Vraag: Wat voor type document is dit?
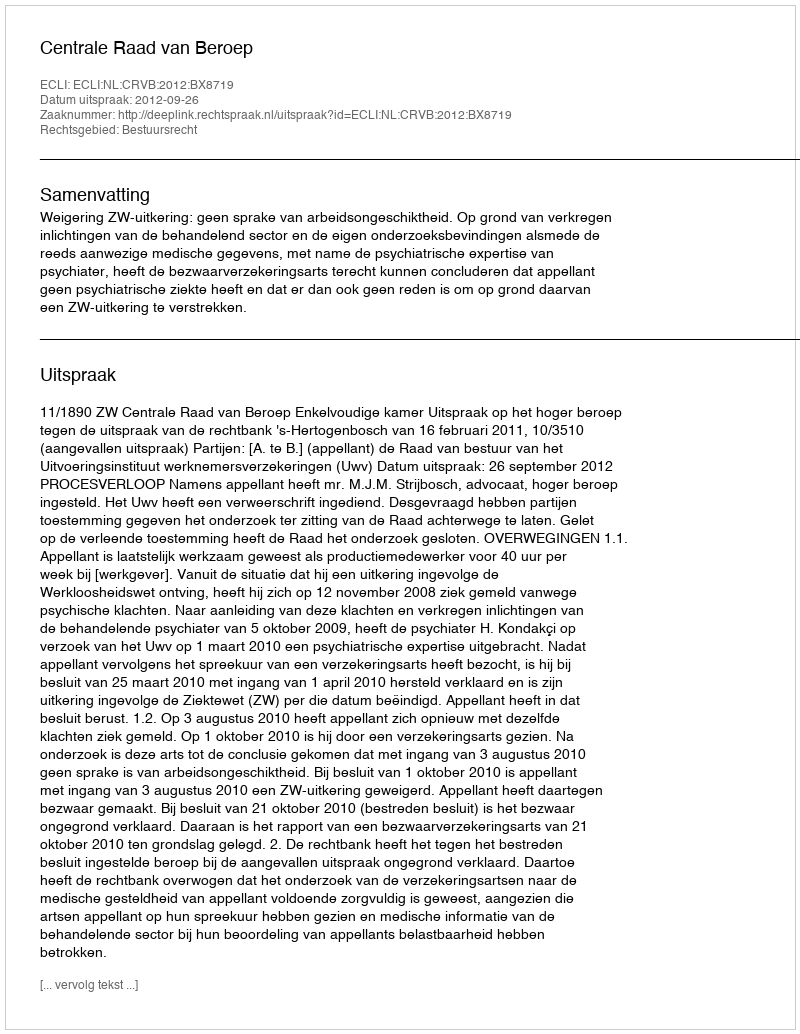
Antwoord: Uitspraak